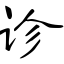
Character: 诊